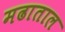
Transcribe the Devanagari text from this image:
मढाताल